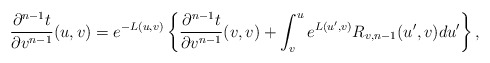
\begin{align*} \frac{\partial^{n-1}t}{\partial v^{n-1}}(u,v)=e^{-L(u,v)}\left\{\frac{\partial^{n-1}t}{\partial v^{n-1}}(v,v)+\int_v^ue^{L(u',v)}R_{v,n-1}(u',v)du'\right\},\end{align*}